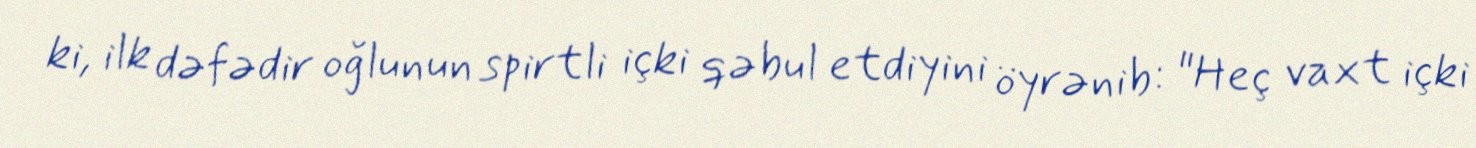
ki, ilk dəfədir oğlunun spirtli içki qəbul etdiyini öyrənib: "Heç vaxt içki